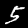
Digit: 5